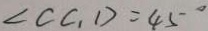
\angle C C _ { 1 } D = 4 5 ^ { \circ }